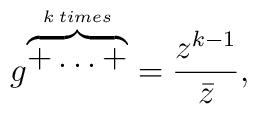
g^{\overbrace{+ \ldots +}^{k \: times}}= \frac{z^{k-1}}{\bar{z}} ,